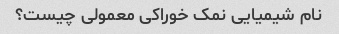
نام شیمیایی نمک خوراکی معمولی چیست؟